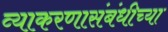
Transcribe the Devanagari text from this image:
व्याकरणासंबंधीच्या